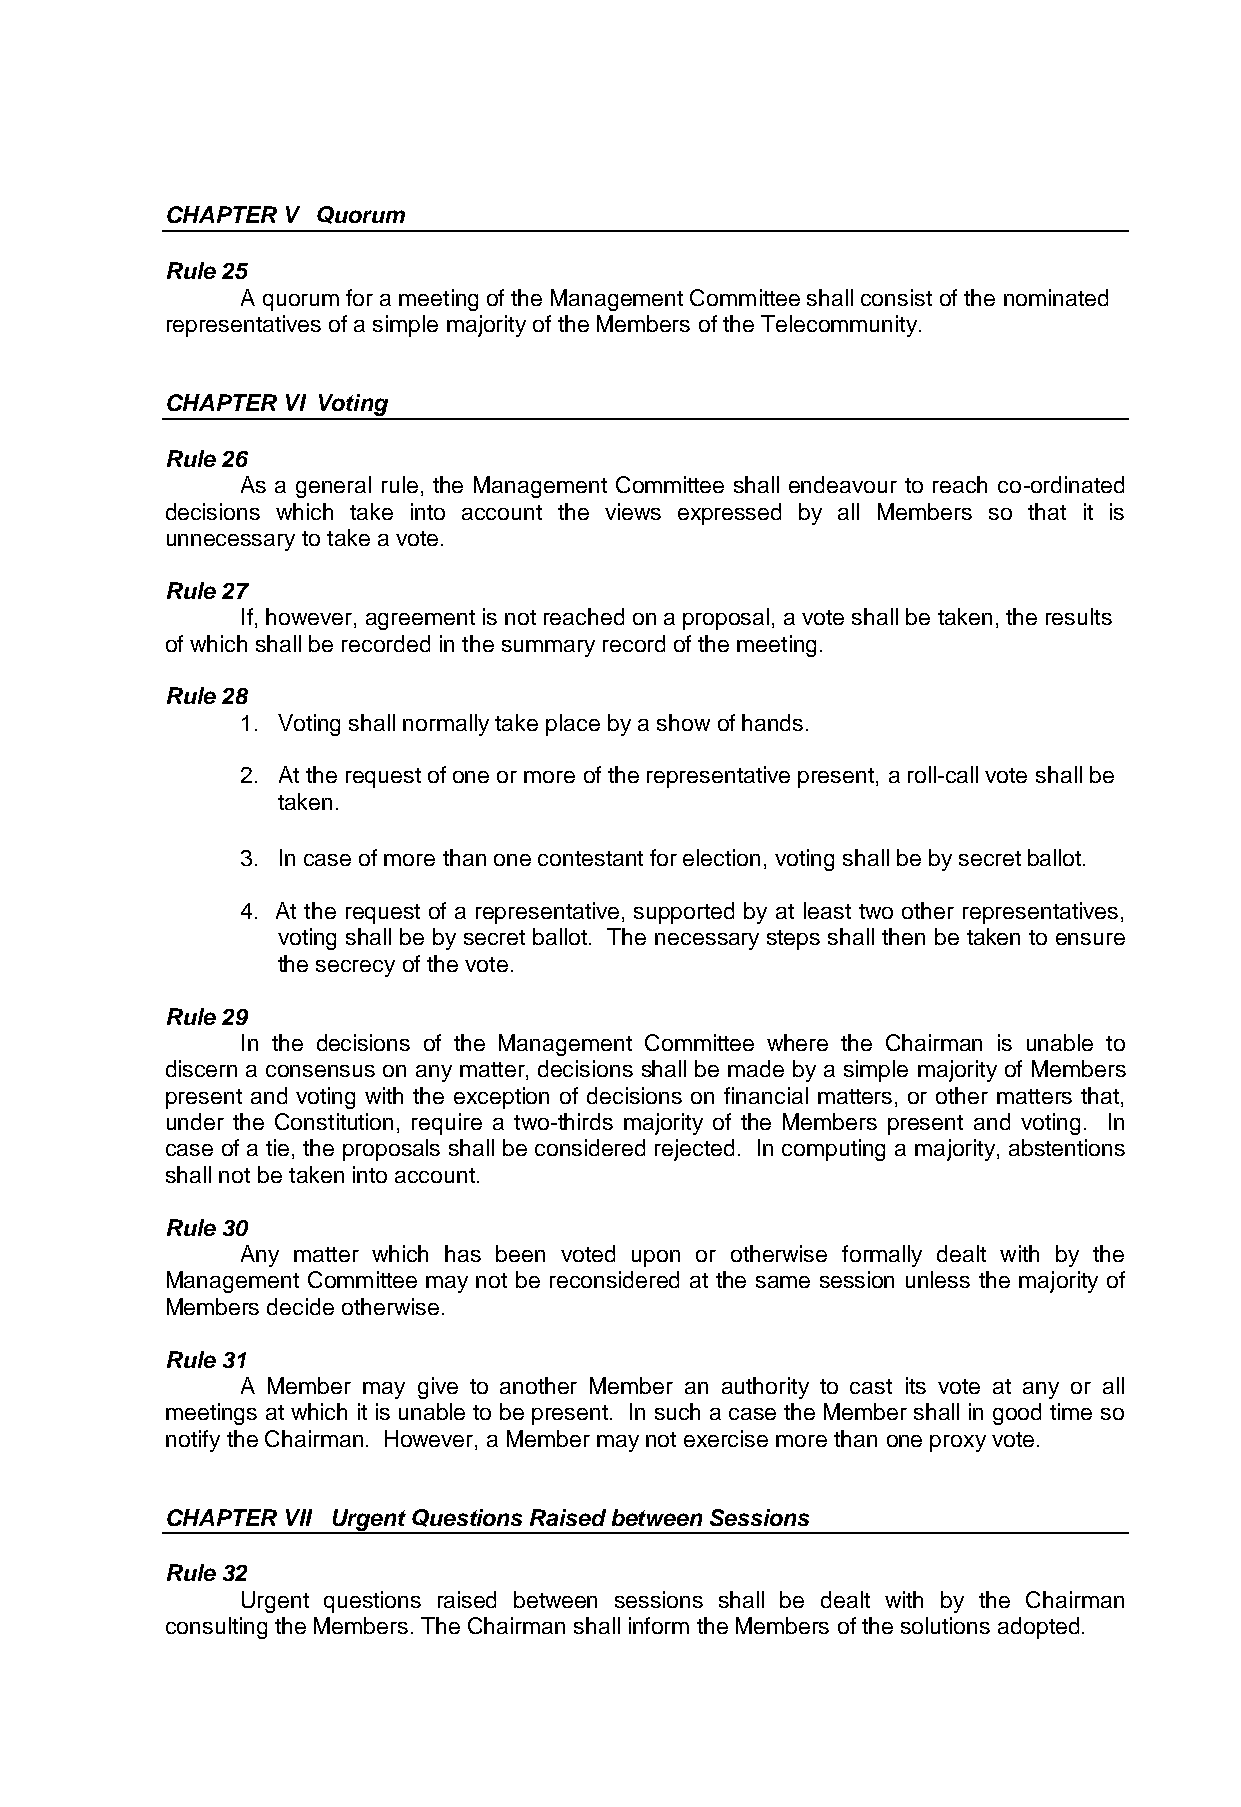
CHAPTER V Quorum
 Rule 25
 A quorum for a meeting of the Management Committee shall consist of the nominated
 representatives of a simple majority of the Members of the Telecommunity.
 CHAPTER VI Voting
 Rule 26
 As a general rule, the Management Committee shall endeavour to reach co-ordinated
 decisions which take into account the views expressed by all Members so that it is
 unnecessary to take a vote.
 Rule 27
 If, however, agreement is not reached on a proposal, a vote shall be taken, the results
 of which shall be recorded in the summary record of the meeting.
 Rule 28
 1. Voting shall normally take place by a show of hands.
 2. At the request of one or more of the representative present, a roll-call vote shall be
 taken.
 3. In case of more than one contestant for election, voting shall be by secret ballot.
 4. At the request of a representative, supported by at least two other representatives,
 voting shall be by secret ballot. The necessary steps shall then be taken to ensure
 the secrecy of the vote.
 Rule 29
 In the decisions of the Management Committee where the Chairman is unable to
 discern a consensus on any matter, decisions shall be made by a simple majority of Members
 present and voting with the exception of decisions on financial matters, or other matters that,
 under the Constitution, require a two-thirds majority of the Members present and voting. In
 case of a tie, the proposals shall be considered rejected. In computing a majority, abstentions
 shall not be taken into account.
 Rule 30
 Any matter which has been voted upon or otherwise formally dealt with by the
 Management Committee may not be reconsidered at the same session unless the majority of
 Members decide otherwise.
 Rule 31
 A Member may give to another Member an authority to cast its vote at any or all
 meetings at which it is unable to be present. In such a case the Member shall in good time so
 notify the Chairman. However, a Member may not exercise more than one proxy vote.
 CHAPTER VII Urgent Questions Raised between Sessions
 Rule 32
 Urgent questions raised between sessions shall be dealt with by the Chairman
 consulting the Members. The Chairman shall inform the Members of the solutions adopted.